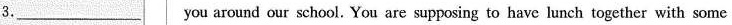
3.___you around our school. You are supposing to have lunch together with some